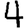
Digit: 4